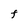
Character: F